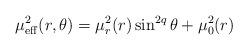
LaTeX: \begin{align*} \mu_{\rm eff}^2(r,\theta)=\mu_r^2(r)\sin^{2 q}\theta+\mu_0^2(r)\end{align*}